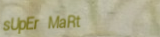
sUpEr MaRt